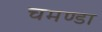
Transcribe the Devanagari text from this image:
चमण्डा